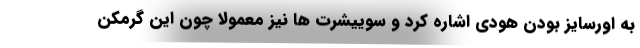
به اورسایز بودن هودی اشاره کرد و سوییشرت ها نیز معمولا چون این گرمکن